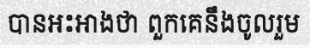
បានអះអាងថា ពួកគេនឹងចូលរួម